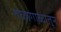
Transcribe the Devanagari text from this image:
तळागाळातून